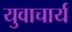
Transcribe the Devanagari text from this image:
युवाचार्य